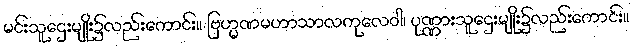
မင်းသူဌေးမျိုး၌လည်းကောင်း။ ဗြဟ္မဏမဟာသာလကုလေဝါ၊ ပုဏ္ဏားသူဌေးမျိုး၌လည်းကောင်း။